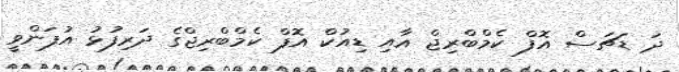
ދަ ޑަޗަސް އޮފް ކެމްބްރިޖް އާއި ޑިއުކް އޮފް ކެމްބްރިޖްގެ ދަރިފުޅު އުފަންވީ